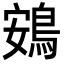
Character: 鴳